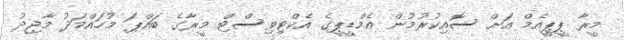
މީރާ ޕީޕީއެމް އަށް ސޮއިކުރުމުން އެމްޑީޕީގެ އެކްޓިވިސްޓް މީރާގެ ބައްޕަ މުހައްމަދު މާޖިދު